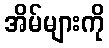
အိမ်များကို